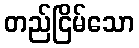
တည်ငြိမ်သော